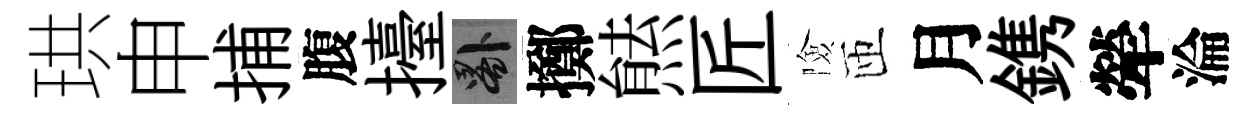
珙申捕腹擡晷擲㷱匠險匝月鎸犖淪